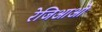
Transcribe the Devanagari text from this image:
रेजिआओ